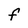
Character: F